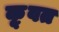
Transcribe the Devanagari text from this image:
कू़वत